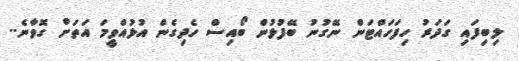
ލިބިފައި ގަދަރު ހިފަހައްޓަން ނޭގުނު ބޭފުޅުން ބޯއިސް ހެދިގެން އުޅުއްވީމަ އަތަށް ގޮވާނެ..